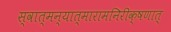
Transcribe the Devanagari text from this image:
स्वात्मन्यात्मारामनिरीक्षणात्